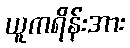
ယူကရိန်းအား